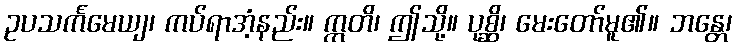
ဥပသင်္ကမေယျ၊ ကပ်ရာအံ့နည်း။ ဣတိ၊ ဤသို့။ ပုစ္ဆိ၊ မေးတော်မူ၏။ ဘန္တေ၊